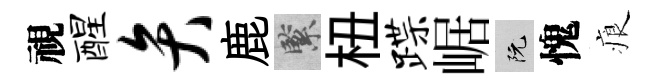
視醒弁鹿緊杻蹀崌阮愧痕